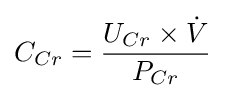
C_{Cr}={\frac {U_{Cr}\times {\dot {V}}}{P_{Cr}}}